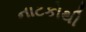
નાટકોથી